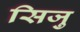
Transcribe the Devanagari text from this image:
सिजु